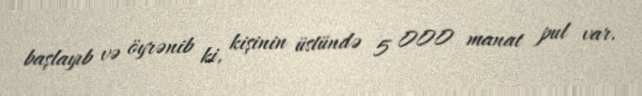
başlayıb və öyrənib ki, kişinin üstündə 5 000 manat pul var.